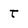
Character: t